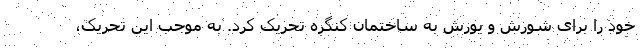
خود را برای شورش و یورش به ساختمان کنگره تحریک کرد. به موجب این تحریک،